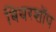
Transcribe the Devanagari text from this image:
बियरशॉप